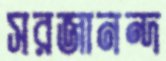
সরজানন্দ